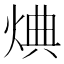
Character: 𪸸